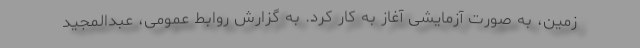
زمین، به صورت آزمایشی آغاز به کار کرد. به گزارش روابط عمومی، عبدالمجید